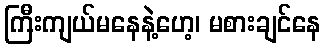
ကြီးကျယ်မနေနဲ့ဟေ့၊ မစားချင်နေ